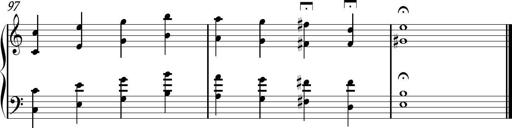
Title: Sonhatina
Composer: Davi Rocha
Key: C major